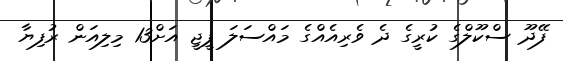
ފޭދޫ ސްކޫލްގެ ކުރީގެ ދެ ވެރިއެއްގެ މައްސަލަ ޕީޖީ އަށް13 މިލިއަން ރުފިޔާ